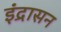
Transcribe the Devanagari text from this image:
इंद्रासन